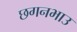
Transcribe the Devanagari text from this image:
छगनभाउ